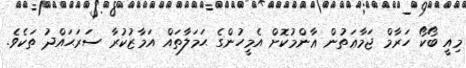
މިއީ ބޯކޯ ހަރާމް ޖަމާޢަތުން ޢާންމުކޮށް އެމީހުންގެ ޙަމަލާތައް އަމާޒުކުރާ ސަރަޙައްދު ތަކެވެ.